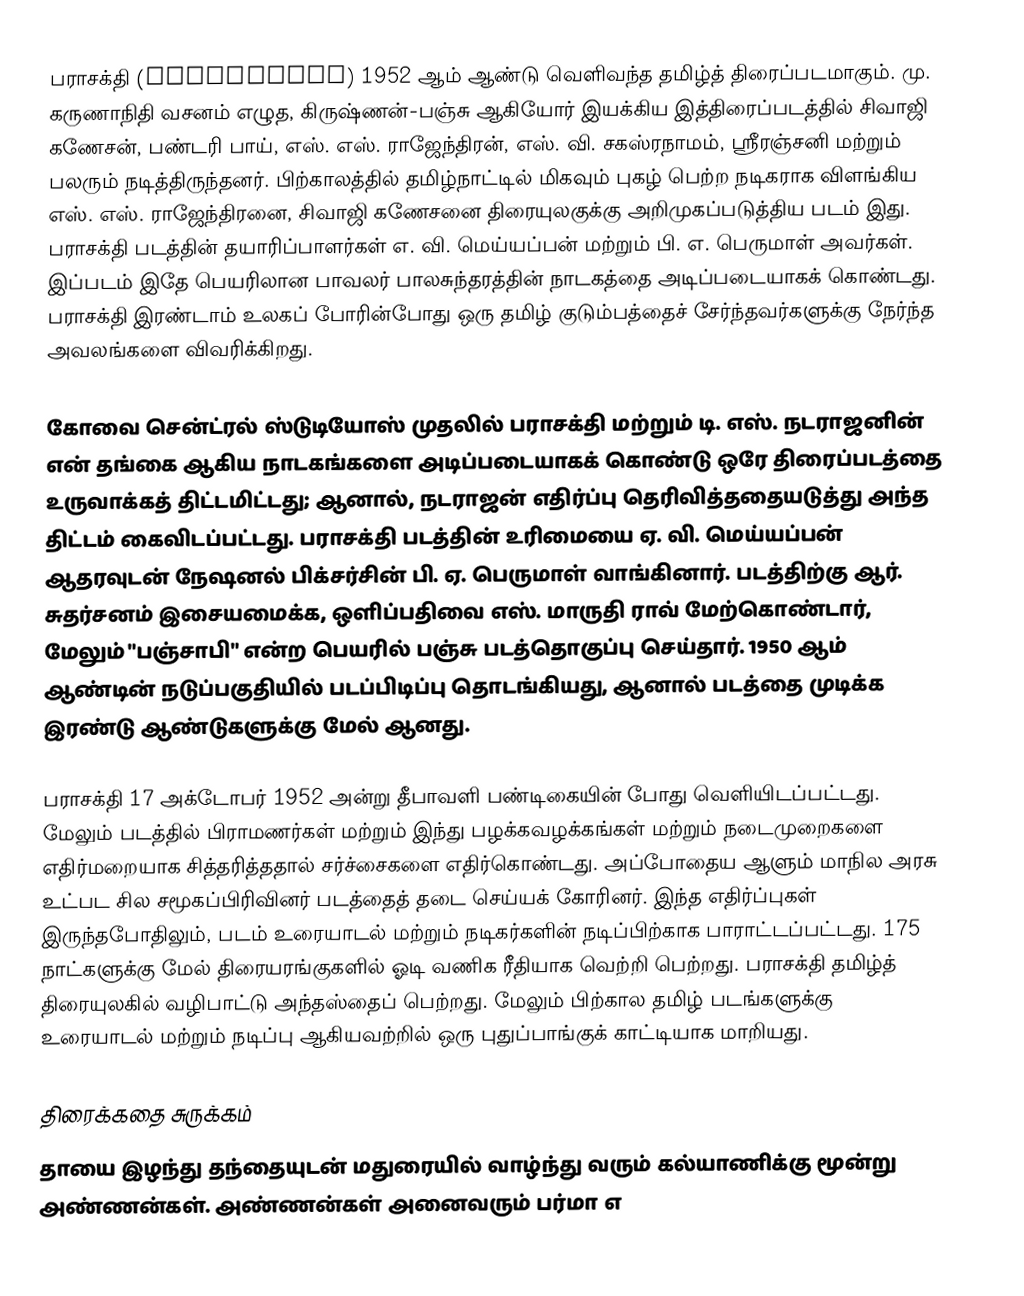
பராசக்தி (Parasakthi) 1952 ஆம் ஆண்டு வெளிவந்த தமிழ்த் திரைப்படமாகும்.  மு. கருணாநிதி வசனம் எழுத, கிருஷ்ணன்-பஞ்சு ஆகியோர் இயக்கிய இத்திரைப்படத்தில் சிவாஜி கணேசன், பண்டரி பாய், எஸ். எஸ். ராஜேந்திரன், எஸ். வி. சகஸ்ரநாமம், ஸ்ரீரஞ்சனி மற்றும் பலரும் நடித்திருந்தனர். பிற்காலத்தில் தமிழ்நாட்டில் மிகவும் புகழ் பெற்ற நடிகராக விளங்கிய எஸ். எஸ். ராஜேந்திரனை, சிவாஜி கணேசனை திரையுலகுக்கு அறிமுகப்படுத்திய படம் இது. பராசக்தி படத்தின் தயாரிப்பாளர்கள் எ. வி. மெய்யப்பன் மற்றும்  பி. எ. பெருமாள் அவர்கள். இப்படம் இதே பெயரிலான பாவலர் பாலசுந்தரத்தின் நாடகத்தை அடிப்படையாகக் கொண்டது. பராசக்தி இரண்டாம் உலகப் போரின்போது ஒரு தமிழ் குடும்பத்தைச் சேர்ந்தவர்களுக்கு நேர்ந்த அவலங்களை விவரிக்கிறது.

கோவை சென்ட்ரல் ஸ்டுடியோஸ் முதலில் பராசக்தி மற்றும் டி. எஸ். நடராஜனின் என் தங்கை ஆகிய நாடகங்களை அடிப்படையாகக் கொண்டு ஒரே திரைப்படத்தை உருவாக்கத் திட்டமிட்டது; ஆனால், நடராஜன் எதிர்ப்பு தெரிவித்ததையடுத்து அந்த திட்டம் கைவிடப்பட்டது. பராசக்தி படத்தின் உரிமையை ஏ. வி. மெய்யப்பன் ஆதரவுடன் நேஷனல் பிக்சர்சின் பி. ஏ. பெருமாள் வாங்கினார். படத்திற்கு ஆர். சுதர்சனம் இசையமைக்க, ஒளிப்பதிவை எஸ். மாருதி ராவ் மேற்கொண்டார், மேலும் "பஞ்சாபி" என்ற பெயரில் பஞ்சு படத்தொகுப்பு செய்தார். 1950 ஆம் ஆண்டின் நடுப்பகுதியில் படப்பிடிப்பு தொடங்கியது, ஆனால் படத்தை முடிக்க இரண்டு ஆண்டுகளுக்கு மேல் ஆனது.

பராசக்தி 17 அக்டோபர் 1952 அன்று தீபாவளி பண்டிகையின் போது வெளியிடப்பட்டது. மேலும் படத்தில் பிராமணர்கள் மற்றும் இந்து பழக்கவழக்கங்கள் மற்றும் நடைமுறைகளை எதிர்மறையாக சித்தரித்ததால் சர்ச்சைகளை எதிர்கொண்டது. அப்போதைய ஆளும் மாநில அரசு உட்பட சில சமூகப்பிரிவினர் படத்தைத் தடை செய்யக் கோரினர். இந்த எதிர்ப்புகள் இருந்தபோதிலும், படம் உரையாடல் மற்றும் நடிகர்களின் நடிப்பிற்காக பாராட்டப்பட்டது. 175 நாட்களுக்கு மேல் திரையரங்குகளில் ஓடி வணிக ரீதியாக வெற்றி பெற்றது. பராசக்தி தமிழ்த் திரையுலகில் வழிபாட்டு அந்தஸ்தைப் பெற்றது. மேலும் பிற்கால தமிழ் படங்களுக்கு உரையாடல் மற்றும் நடிப்பு ஆகியவற்றில் ஒரு புதுப்பாங்குக் காட்டியாக மாறியது.

திரைக்கதை சுருக்கம்
தாயை இழந்து தந்தையுடன் மதுரையில் வாழ்ந்து வரும் கல்யாணிக்கு மூன்று அண்ணன்கள். அண்ணன்கள் அனைவரும் பர்மா எ